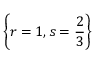
\left\lbrace r = 1 , s = \frac { 2 } { 3 } \right\rbrace